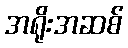
အရိုးအဆစ်